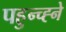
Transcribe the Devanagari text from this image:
पहुन्च्ह्ने